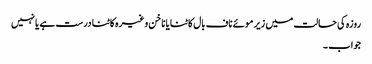
روزہ کی حالت میں زیر موئے ناف بال کاٹنا یا ناخن وغیرہ کاٹنا درست ہے یانہیں
جواب ۔